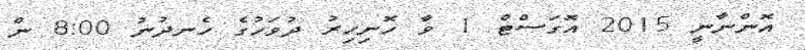
އޮންނާނީ 2015 އޮގަސްޓް 1 ވާ ހޮނިހިރު ދުވަހުގެ ހެނދުނު 8:00 ން